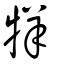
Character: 䍧